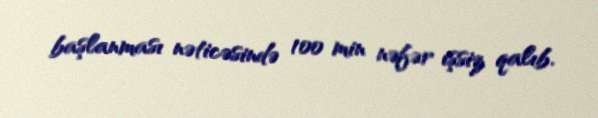
başlanması nəticəsində 100 min nəfər işsiz qalıb.